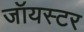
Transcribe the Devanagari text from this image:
जॉयस्टर